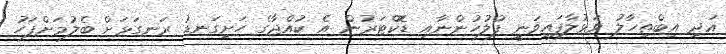
އަދި އިބްތިހާލު ވަޅުލާފައިވަނީ ފުލުހުންނާއި ޑޮކްޓަރުން އެ ކުއްޖާގެ ހަށިގަނޑު ރަނގަޅަށް ބެލުމަށްފަހު